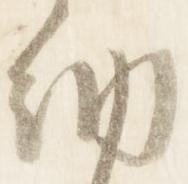
納